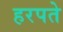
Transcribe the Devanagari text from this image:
हरपते